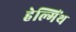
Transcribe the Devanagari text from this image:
हेल्मिंथ